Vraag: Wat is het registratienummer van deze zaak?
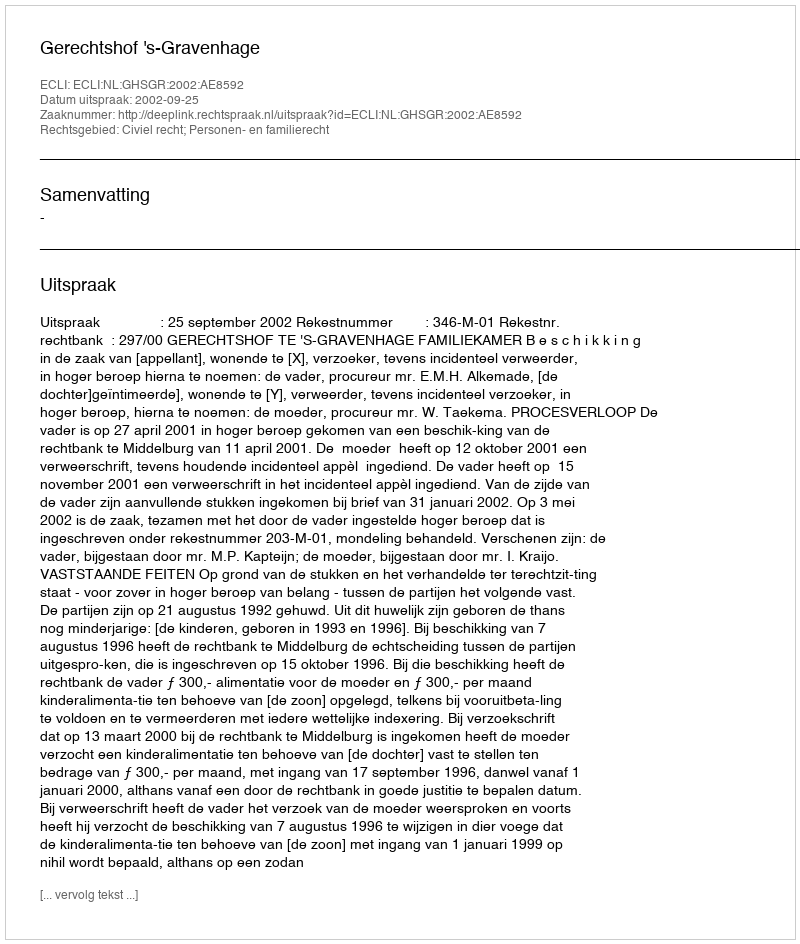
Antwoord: http://deeplink.rechtspraak.nl/uitspraak?id=ECLI:NL:GHSGR:2002:AE8592